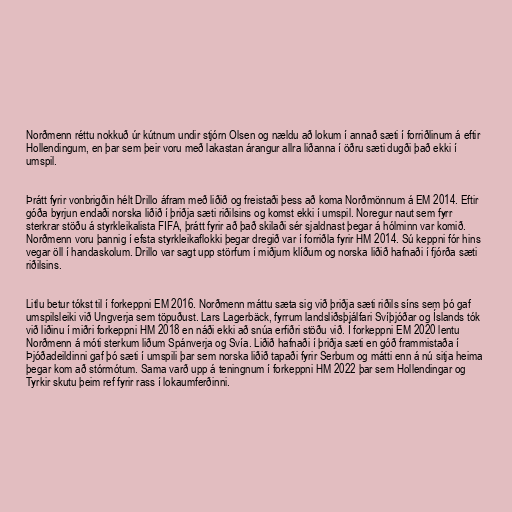
Norðmenn réttu nokkuð úr kútnum undir stjórn Olsen og nældu að lokum í annað sæti í forriðlinum á eftir
Hollendingum, en þar sem þeir voru með lakastan árangur allra liðanna í öðru sæti dugði það ekki í
umspil.

Þrátt fyrir vonbrigðin hélt Drillo áfram með liðið og freistaði þess að koma Norðmönnum á EM 2014. Eftir
góða byrjun endaði norska liðið í þriðja sæti riðilsins og komst ekki í umspil. Noregur naut sem fyrr
sterkrar stöðu á styrkleikalista FIFA, þrátt fyrir að það skilaði sér sjaldnast þegar á hólminn var komið.
Norðmenn voru þannig í efsta styrkleikaflokki þegar dregið var í forriðla fyrir HM 2014. Sú keppni fór hins
vegar öll í handaskolum. Drillo var sagt upp störfum í miðjum klíðum og norska liðið hafnaði í fjórða sæti
riðilsins.

Litlu betur tókst til í forkeppni EM 2016. Norðmenn máttu sæta sig við þriðja sæti riðils síns sem þó gaf
umspilsleiki við Ungverja sem töpuðust. Lars Lagerbäck, fyrrum landsliðsþjálfari Svíþjóðar og Íslands tók
við liðinu í miðri forkeppni HM 2018 en náði ekki að snúa erfiðri stöðu við. Í forkeppni EM 2020 lentu
Norðmenn á móti sterkum liðum Spánverja og Svía. Liðið hafnaði í þriðja sæti en góð frammistaða í
Þjóðadeildinni gaf þó sæti í umspili þar sem norska liðið tapaði fyrir Serbum og mátti enn á nú sitja heima
þegar kom að stórmótum. Sama varð upp á teningnum í forkeppni HM 2022 þar sem Hollendingar og
Tyrkir skutu þeim ref fyrir rass í lokaumferðinni.